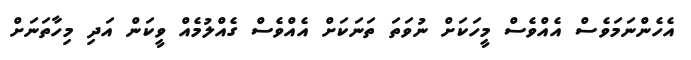
އެހެންނަމަވެސް އެއްވެސް މީހަކަށް ނުވަތަ ތަނަކަށް އެއްވެސް ގެއްލުމެއް ވީކަން އަދި މިހާތަނަށް